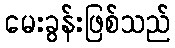
မေးခွန်းဖြစ်သည်